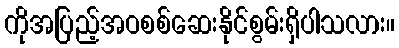
ကိုအပြည့်အဝစစ်ဆေးနိုင်စွမ်းရှိပါသလား။